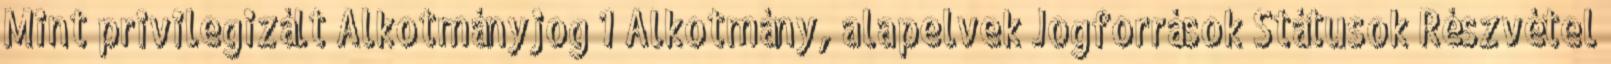
Mint privilegizált Alkotmányjog 1 Alkotmány, alapelvek Jogforrások Státusok Részvétel